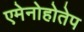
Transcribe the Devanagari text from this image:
एमेनोहोतेप